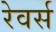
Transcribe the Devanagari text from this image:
रेवर्स